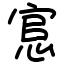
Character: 悹